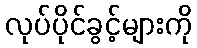
လုပ်ပိုင်ခွင့်များကို